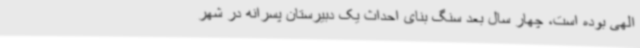
الهی بوده است، چهار سال بعد سنگ بنای احداث یک دبیرستان پسرانه در شهر